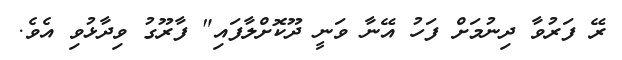
ރޭ ފަރުވާ ދިނުމަށް ފަހު އޭނާ ވަނީ ދޫކޮށްލާފައި" ފާރޫގު ވިދާޅުވި އެވެ.